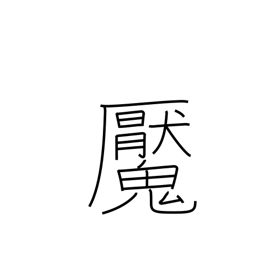
Meaning: have a nightmare